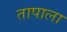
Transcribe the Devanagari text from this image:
तापाला